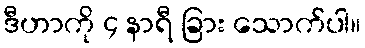
ဒီဟာကို ၄ နာရီ ခြား သောက်ပါ။